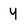
Character: Y